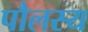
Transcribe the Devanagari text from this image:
पौलस्य